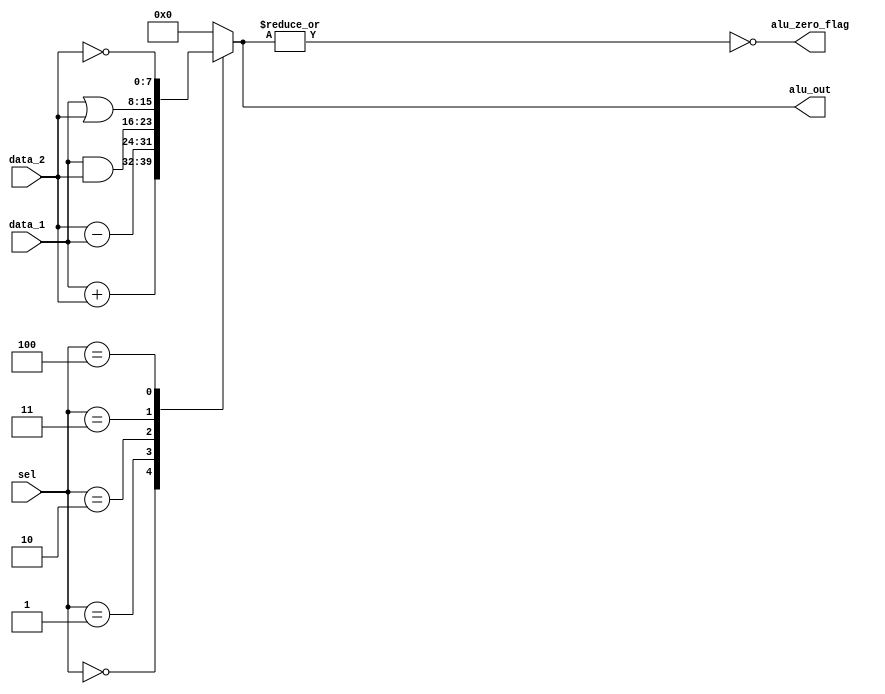
module Alu_RISC (alu_zero_flag, alu_out, data_1, data_2, sel);
  parameter word_size = 10, op_size = 4;
  parameter data_size = 8;
  // Opcodes
  // Opcodes
  parameter ADD = 0, SUB = 1, AND = 2, OR = 3, NOT = 4;
  parameter JUMP = 4'b011x, STORE = 4'b100x,LOAD = 4'b101x, SAVE = 4'b11xx;
  
  output 		alu_zero_flag;
  output 	[data_size-1: 0] 	alu_out;
  input 	[data_size-1: 0] 	data_1, data_2;
  input 	[op_size-1: 0] 	sel;
  reg 	 	[data_size-1: 0]alu_out_temp;
  assign alu_out=alu_out_temp;
  
  assign  alu_zero_flag = ~|alu_out_temp;
  always @ (sel or data_1 or data_2)  
     casex  (sel)
      ADD:	alu_out_temp = data_1 + data_2; 
	  SUB:	alu_out_temp = data_2 - data_1;
      AND:	alu_out_temp = data_1 & data_2;
      OR :  alu_out_temp = data_1 | data_2;
	  NOT:	alu_out_temp = ~ data_2;
	  
      default: 	alu_out_temp = 0;
    endcase 
endmodule